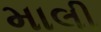
માલી